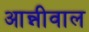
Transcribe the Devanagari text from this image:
आन्नीवाल